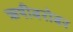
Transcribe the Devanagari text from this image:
ऋषीबरोबर